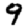
Digit: 9